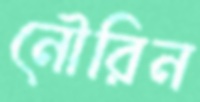
নৌরিন